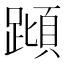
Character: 蹞